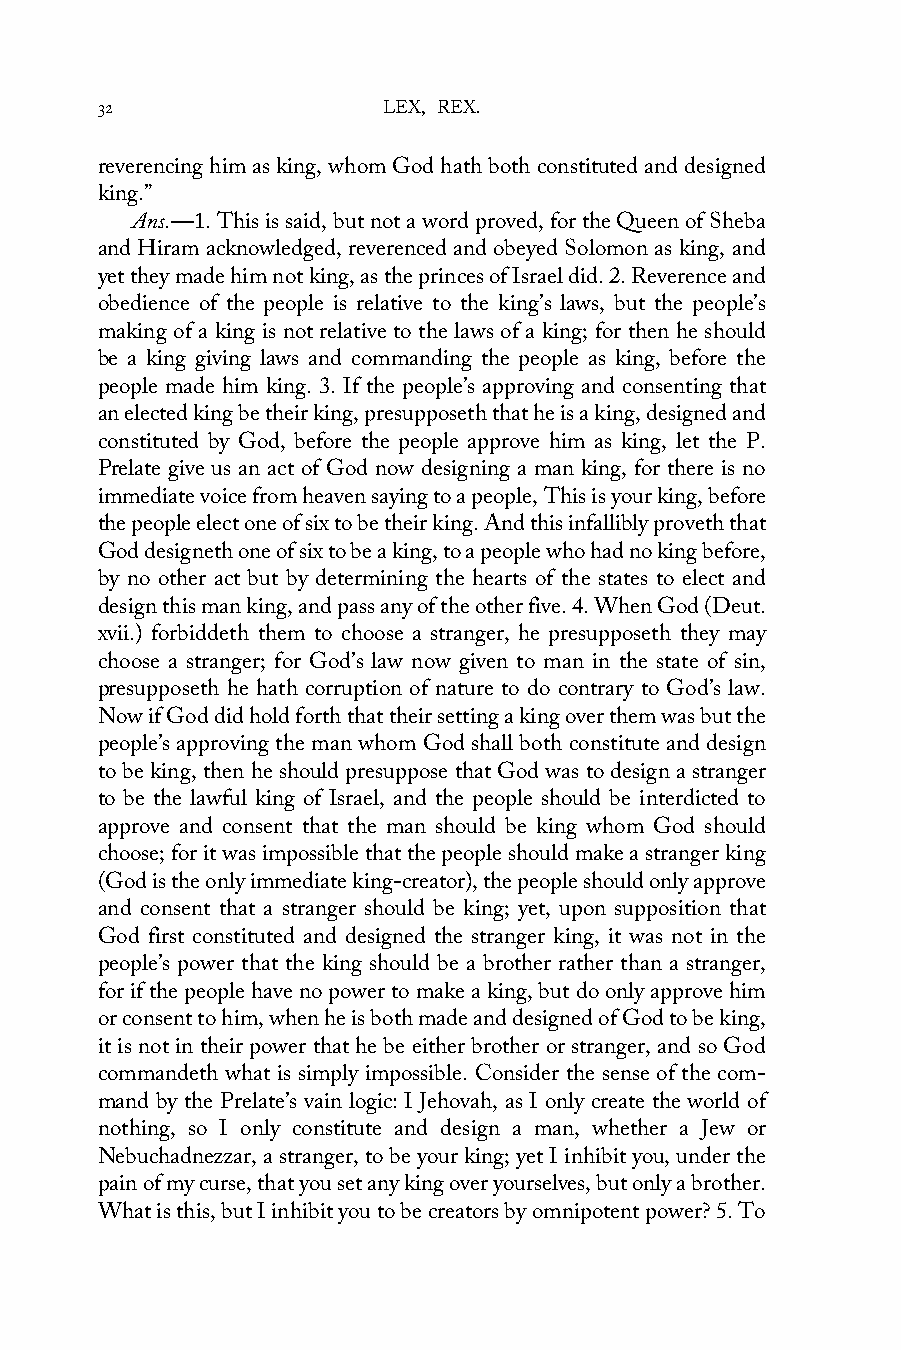
32                 LEX, REX.
 reverencing him as king, whom God hath both constituted and designed
 king.”
 Ans.—1. This is said, but not a word proved, for the Queen of Sheba
 and Hiram acknowledged, reverenced and obeyed Solomon as king, and
 yet they made him not king, as the princes of Israel did. 2. Reverence and
 obedience of the people is relative to the king’s laws, but the people’s
 making of a king is not relative to the laws of a king; for then he should
 be a king giving laws and commanding the people as king, before the
 people made him king. 3. If the people’s approving and consenting that
 an elected king be their king, presupposeth that he is a king, designed and
 constituted by God, before the people approve him as king, let the P.
 Prelate give us an act of God now designing a man king, for there is no
 immediate voice from heaven saying to a people, This is your king, before
 the people elect one of six to be their king. And this infallibly proveth that
 God designeth one of six to be a king, to a people who had no king before,
 by no other act but by determining the hearts of the states to elect and
 design this man king, and pass any of the other five. 4. When God (Deut.
 xvii.) forbiddeth them to choose a stranger, he presupposeth they may
 choose a stranger; for God’s law now given to man in the state of sin,
 presupposeth he hath corruption of nature to do contrary to God’s law.
 Now if God did hold forth that their setting a king over them was but the
 people’s approving the man whom God shall both constitute and design
 to be king, then he should presuppose that God was to design a stranger
 to be the lawful king of Israel, and the people should be interdicted to
 approve and consent that the man should be king whom God should
 choose; for it was impossible that the people should make a stranger king
 (God is the only immediate king-creator), the people should only approve
 and consent that a stranger should be king; yet, upon supposition that
 God first constituted and designed the stranger king, it was not in the
 people’s power that the king should be a brother rather than a stranger,
 for if the people have no power to make a king, but do only approve him
 or consent to him, when he is both made and designed of God to be king,
 it is not in their power that he be either brother or stranger, and so God
 commandeth what is simply impossible. Consider the sense of the com-
 mand by the Prelate’s vain logic: I Jehovah, as I only create the world of
 nothing, so I only constitute and design a man, whether a Jew or
 Nebuchadnezzar, a stranger, to be your king; yet I inhibit you, under the
 pain of my curse, that you set any king over yourselves, but only a brother.
 What is this, but I inhibit you to be creators by omnipotent power? 5. To